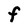
Character: F